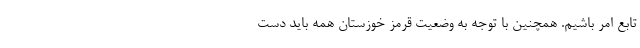
تابع امر باشیم. همچنین با توجه به وضعیت قرمز خوزستان همه باید دست